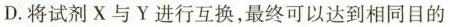
D.将试剂X与Y进行互换，最终可以达到相同目的